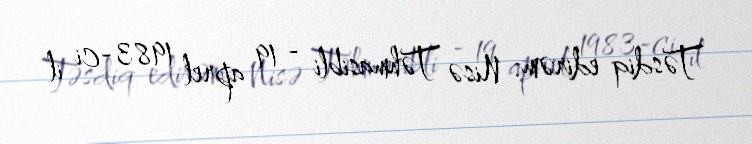
Təsdiq edirəm: Nisə Təhmasibli - 19 aprel 1983-ci il